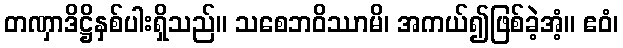
တဏှာဒိဋ္ဌိနှစ်ပါးရှိသည်။ သစေဘဝိဿာမိ၊ အကယ်၍ဖြစ်ခဲ့အံ့။ ဧဝံ၊